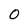
Character: 0